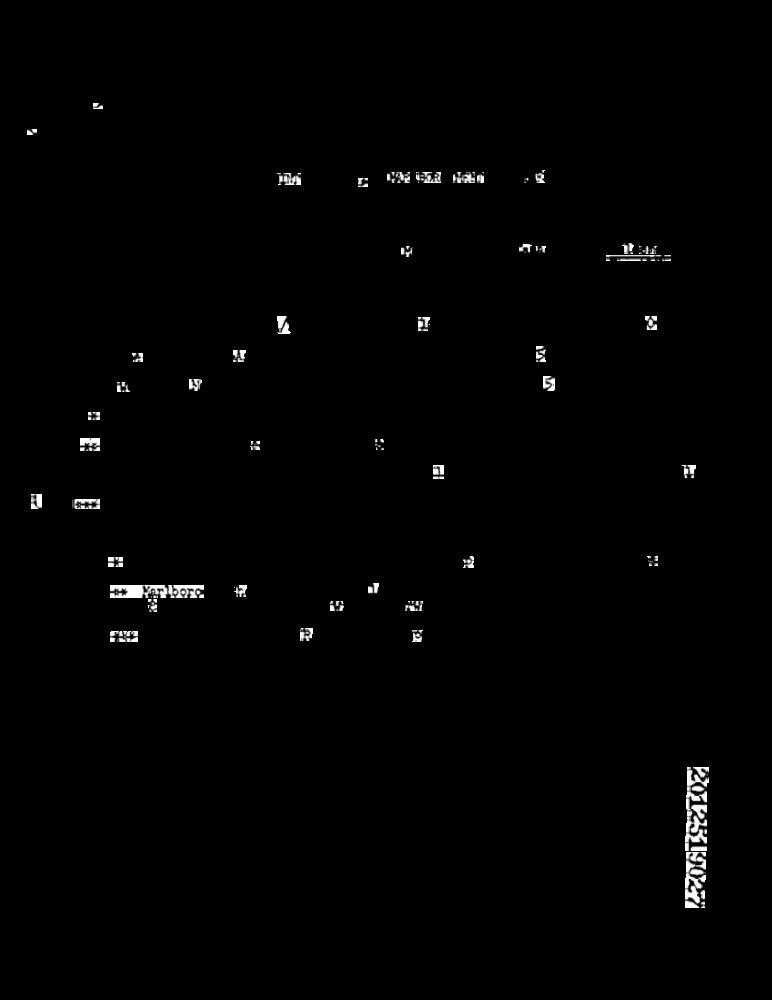
5
Yer bord
20125190277